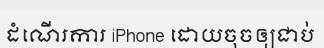
ដំណើរការ iPhone ដោយចុចឲ្យជាប់